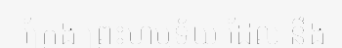
ក្រែង ព្រះហឫទ័យ ដែល នឹង